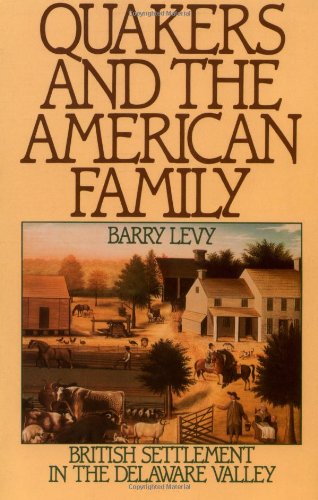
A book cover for Quakers and the American Family: British Settlement in the Delaware Valley; Barry Levy; Christian Books & Bibles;